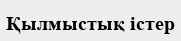
Қылмыстық істер